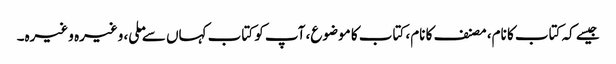
جیسے کہ کتاب کا نام، مصنف کا نام، کتاب کا موضوع، آپ کو کتاب کہاں سے ملی، وغیرہ وغیرہ۔